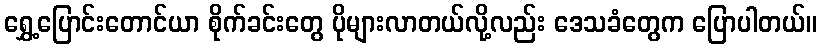
ရွှေ့ပြောင်းတောင်ယာ စိုက်ခင်းတွေ ပိုများလာတယ်လို့လည်း ဒေသခံတွေက ပြောပါတယ်။